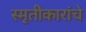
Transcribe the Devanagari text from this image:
स्मृतीकारांचे